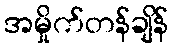
အမှိုက်တန်ချိန်